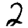
Digit: 2